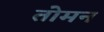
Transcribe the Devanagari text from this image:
तोमन